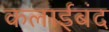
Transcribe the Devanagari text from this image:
कलाईबंद